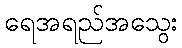
ရေအရည်အသွေး